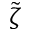
\tilde { \zeta }